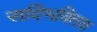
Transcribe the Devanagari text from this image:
सविभक्तिक